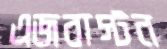
এজবাস্টন